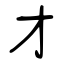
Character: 才